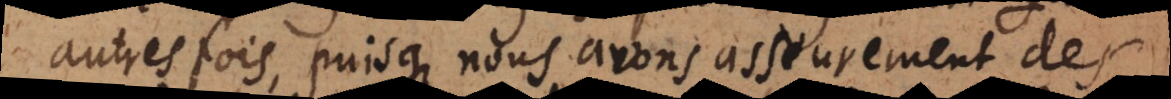
autresfois, puisque nous avons asseurement des